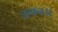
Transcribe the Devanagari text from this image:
जनन।।